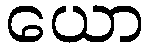
ယော